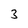
Character: 3